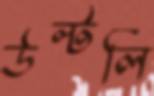
উল্‌টলি